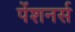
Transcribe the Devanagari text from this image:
पेंशनर्स